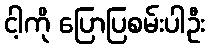
ငါ့ကို ပြောပြစမ်းပါဦး